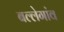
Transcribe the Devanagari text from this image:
बल्लेगांव